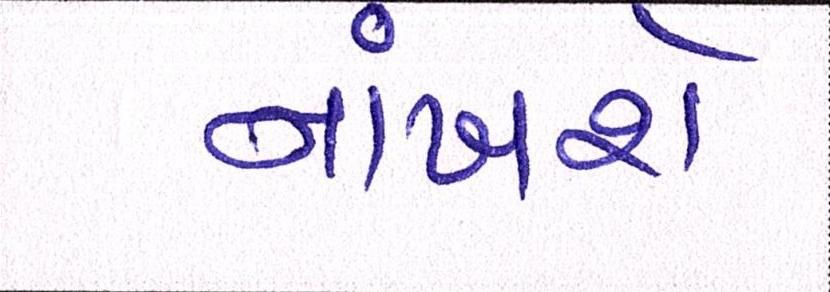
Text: નાંખશે